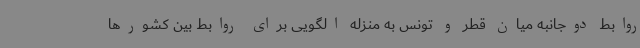
روابط دوجانبه میان قطر و تونس به منزله الگویی برای روابط بین کشورها